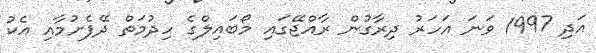
އަދި 1997 ވަނަ އަހަރު ދިރާގުން ރާއްޖޭގައި މޯބައިލްގެ ހިދުމަތް ދޭފެށުމާއި އެކު